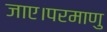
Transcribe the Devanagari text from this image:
जाए।परमाणु